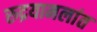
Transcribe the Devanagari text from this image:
रुद्रयामलांत